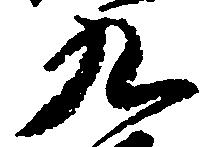
九